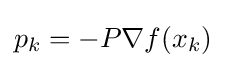
p_{k}=-P\nabla f(x_{k})